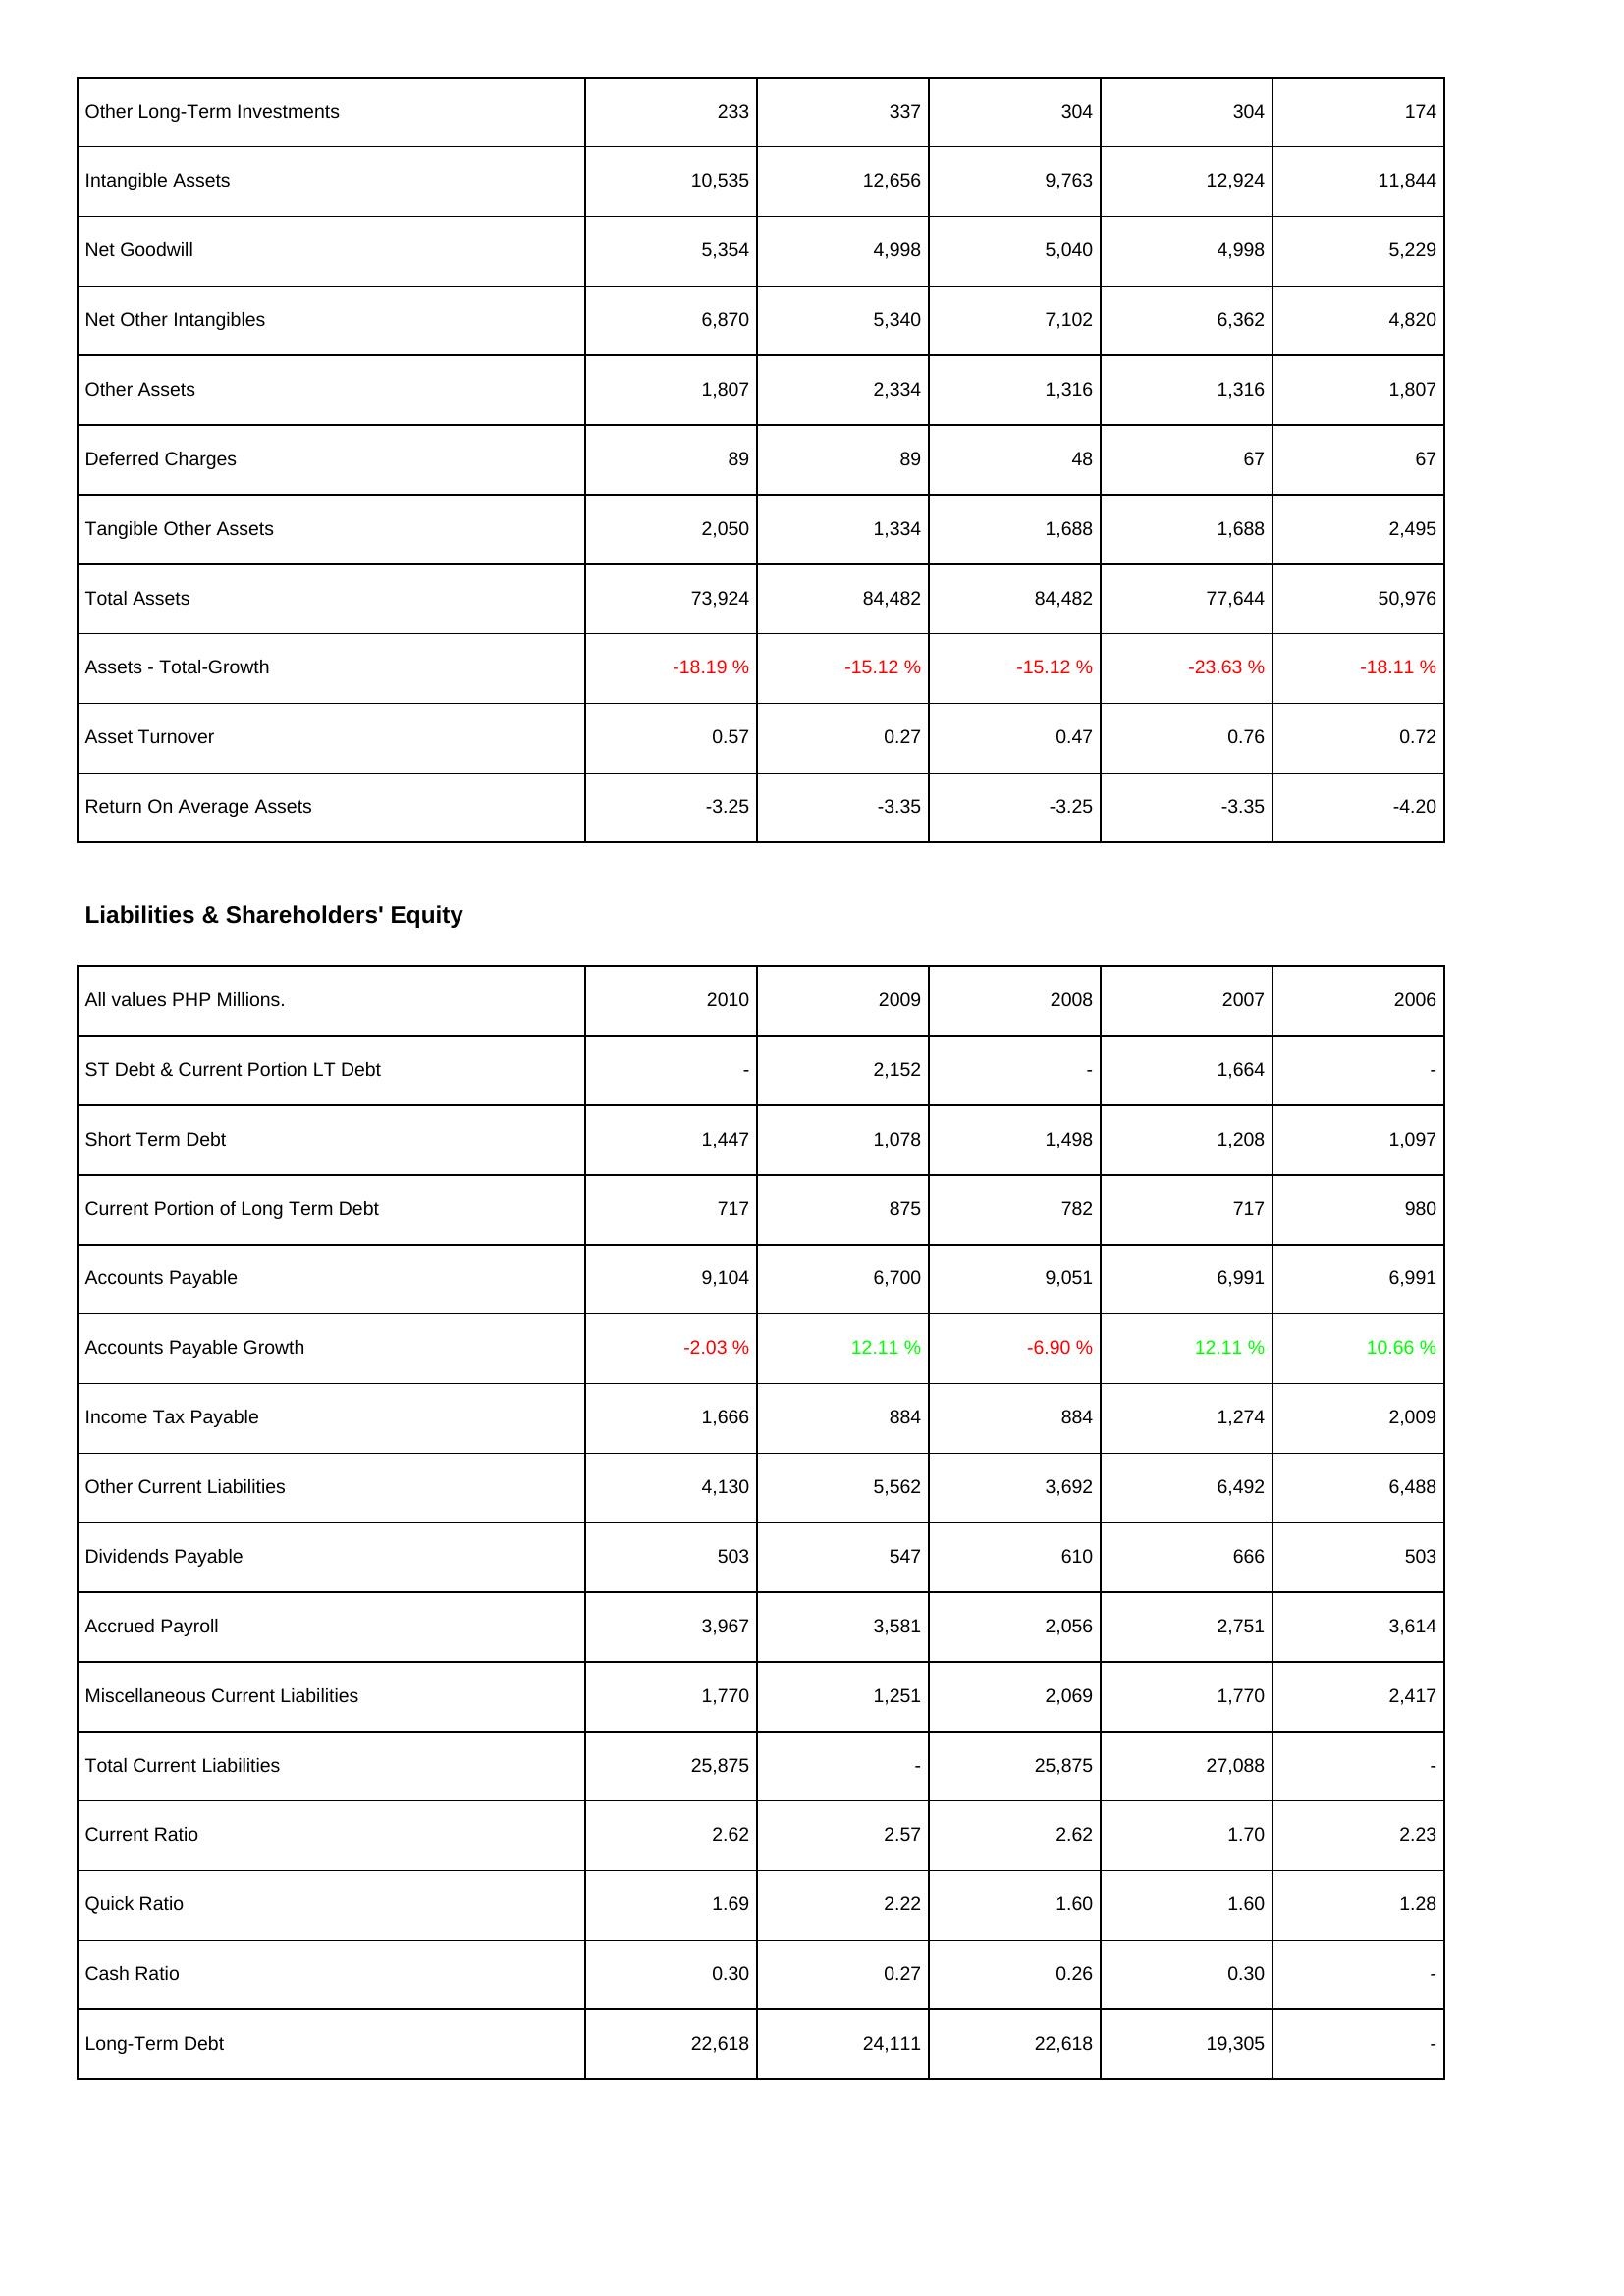
2010: Assets: Other Long-Term Investments: 233
Intangible Assets: 10,535
Net Goodwill: 5,354
Net Other Intangibles: 6,870
Other Assets: 1,807
Deferred Charges: 89
Tangible Other Assets: 2,050
Total Assets: 73,924
Assets - Total-Growth: -18.19 %
Asset Turnover: 0.57
Return On Average Assets: -3.25
Liabilities & Shareholders' Equity: ST Debt & Current Portion LT Debt: -
Short Term Debt: 1,447
Current Portion of Long Term Debt: 717
Accounts Payable: 9,104
Accounts Payable Growth: -2.03 %
Income Tax Payable: 1,666
Other Current Liabilities: 4,130
Dividends Payable: 503
Accrued Payroll: 3,967
Miscellaneous Current Liabilities: 1,770
Total Current Liabilities: 25,875
Current Ratio: 2.62
Quick Ratio: 1.69
Cash Ratio: 0.30
Long-Term Debt: 22,618
2009: Assets: Other Long-Term Investments: 337
Intangible Assets: 12,656
Net Goodwill: 4,998
Net Other Intangibles: 5,340
Other Assets: 2,334
Deferred Charges: 89
Tangible Other Assets: 1,334
Total Assets: 84,482
Assets - Total-Growth: -15.12 %
Asset Turnover: 0.27
Return On Average Assets: -3.35
Liabilities & Shareholders' Equity: ST Debt & Current Portion LT Debt: 2,152
Short Term Debt: 1,078
Current Portion of Long Term Debt: 875
Accounts Payable: 6,700
Accounts Payable Growth: 12.11 %
Income Tax Payable: 884
Other Current Liabilities: 5,562
Dividends Payable: 547
Accrued Payroll: 3,581
Miscellaneous Current Liabilities: 1,251
Total Current Liabilities: -
Current Ratio: 2.57
Quick Ratio: 2.22
Cash Ratio: 0.27
Long-Term Debt: 24,111
2008: Assets: Other Long-Term Investments: 304
Intangible Assets: 9,763
Net Goodwill: 5,040
Net Other Intangibles: 7,102
Other Assets: 1,316
Deferred Charges: 48
Tangible Other Assets: 1,688
Total Assets: 84,482
Assets - Total-Growth: -15.12 %
Asset Turnover: 0.47
Return On Average Assets: -3.25
Liabilities & Shareholders' Equity: ST Debt & Current Portion LT Debt: -
Short Term Debt: 1,498
Current Portion of Long Term Debt: 782
Accounts Payable: 9,051
Accounts Payable Growth: -6.90 %
Income Tax Payable: 884
Other Current Liabilities: 3,692
Dividends Payable: 610
Accrued Payroll: 2,056
Miscellaneous Current Liabilities: 2,069
Total Current Liabilities: 25,875
Current Ratio: 2.62
Quick Ratio: 1.60
Cash Ratio: 0.26
Long-Term Debt: 22,618
2007: Assets: Other Long-Term Investments: 304
Intangible Assets: 12,924
Net Goodwill: 4,998
Net Other Intangibles: 6,362
Other Assets: 1,316
Deferred Charges: 67
Tangible Other Assets: 1,688
Total Assets: 77,644
Assets - Total-Growth: -23.63 %
Asset Turnover: 0.76
Return On Average Assets: -3.35
Liabilities & Shareholders' Equity: ST Debt & Current Portion LT Debt: 1,664
Short Term Debt: 1,208
Current Portion of Long Term Debt: 717
Accounts Payable: 6,991
Accounts Payable Growth: 12.11 %
Income Tax Payable: 1,274
Other Current Liabilities: 6,492
Dividends Payable: 666
Accrued Payroll: 2,751
Miscellaneous Current Liabilities: 1,770
Total Current Liabilities: 27,088
Current Ratio: 1.70
Quick Ratio: 1.60
Cash Ratio: 0.30
Long-Term Debt: 19,305
2006: Assets: Other Long-Term Investments: 174
Intangible Assets: 11,844
Net Goodwill: 5,229
Net Other Intangibles: 4,820
Other Assets: 1,807
Deferred Charges: 67
Tangible Other Assets: 2,495
Total Assets: 50,976
Assets - Total-Growth: -18.11 %
Asset Turnover: 0.72
Return On Average Assets: -4.20
Liabilities & Shareholders' Equity: ST Debt & Current Portion LT Debt: -
Short Term Debt: 1,097
Current Portion of Long Term Debt: 980
Accounts Payable: 6,991
Accounts Payable Growth: 10.66 %
Income Tax Payable: 2,009
Other Current Liabilities: 6,488
Dividends Payable: 503
Accrued Payroll: 3,614
Miscellaneous Current Liabilities: 2,417
Total Current Liabilities: -
Current Ratio: 2.23
Quick Ratio: 1.28
Cash Ratio: -
Long-Term Debt: -